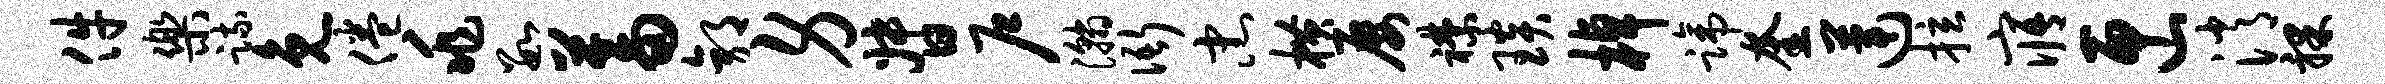
件乐疏免倦兆数蓄郭身督户瀚衙忠横屡襟琰棹蹄奎莲拉寤匣消裸